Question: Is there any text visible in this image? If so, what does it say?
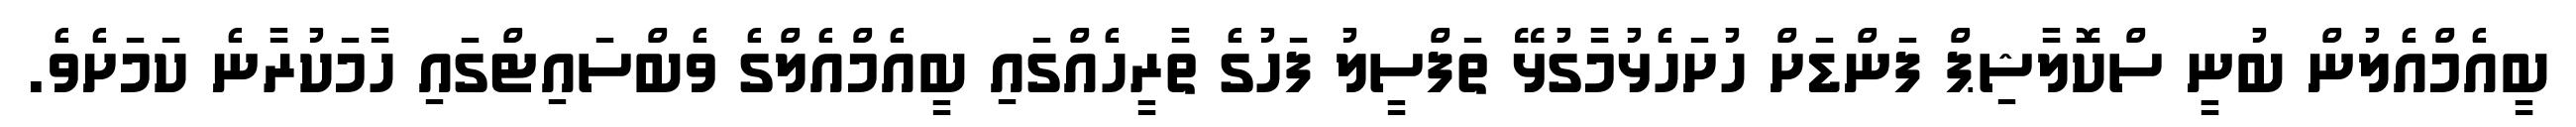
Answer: ބީއެމްއެލުން ބުނީ ސްކޮލާޝިޕް ފަންޑަށް ހުށަހެޅުމާގުޅޭ ތަފްސީލު ފަހުގެ ތާރީހެއްގައި ބީއެމްއެލްގެ ވެބްސައިޓްގައި ހާމަކުރާނެ ކަމަށެވެ.